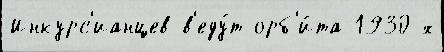
Инкурс'ианцев в'еду́т орб'и́та 1930-х